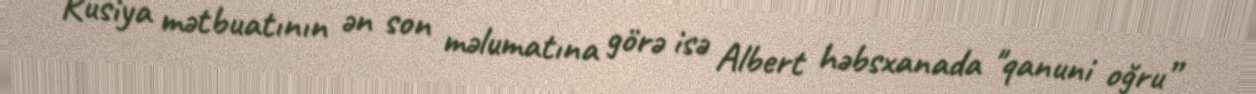
Rusiya mətbuatının ən son məlumatına görə isə Albert həbsxanada "qanuni oğru”